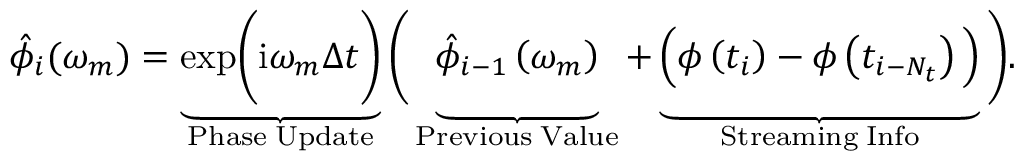
\hat { \phi } _ { i } ( \omega _ { m } ) = \underbrace { \mathrm { e x p } \bigg ( \mathrm { i } \omega _ { m } \Delta t \bigg ) } _ { \mathrm { P h a s e \; U p d a t e } } \bigg ( \underbrace { \vphantom { \mathrm { e x p } \bigg ( \mathrm { i } \omega _ { m } \Delta t \bigg ) } \hat { \phi } _ { i - 1 } \left( \omega _ { m } \right) } _ { \mathrm { P r e v i o u s \; V a l u e } } + \underbrace { \vphantom { \mathrm { e x p } \bigg ( \mathrm { i } \omega _ { m } \Delta t \bigg ) } \Big ( \phi \left( t _ { i } \right) - \phi \left( t _ { i - N _ { t } } \right) \Big ) } _ { \mathrm { S t r e a m i n g \; I n f o } } \bigg ) .